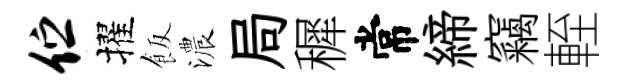
伫擢飯濃局穉常締竊輊